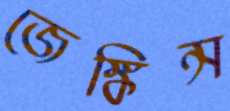
জেঙ্কিন্স